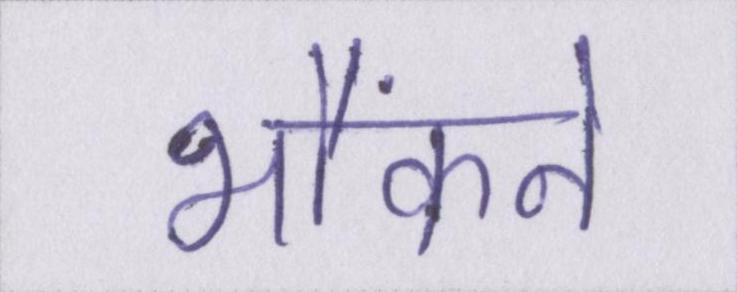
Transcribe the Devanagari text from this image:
भौंकने